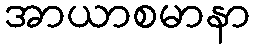
အာယာစမာနာ